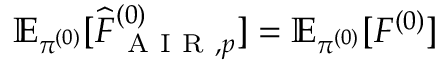
\mathbb { E } _ { \pi ^ { ( 0 ) } } [ \widehat { F } _ { \mathrm { ~ A ~ I ~ R ~ } , p } ^ { ( 0 ) } ] = \mathbb { E } _ { \pi ^ { ( 0 ) } } [ F ^ { ( 0 ) } ]